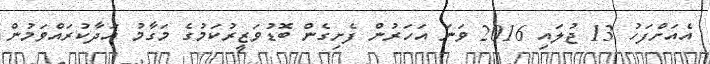
އެއަށްފަހު 13 ޖުލައި 2016 ވަނަ އަހަރުން ފެށިގެން ބޮޑުވަޒީރުކަމުގެ މަގާމު އަދާކުރައްވަމުން